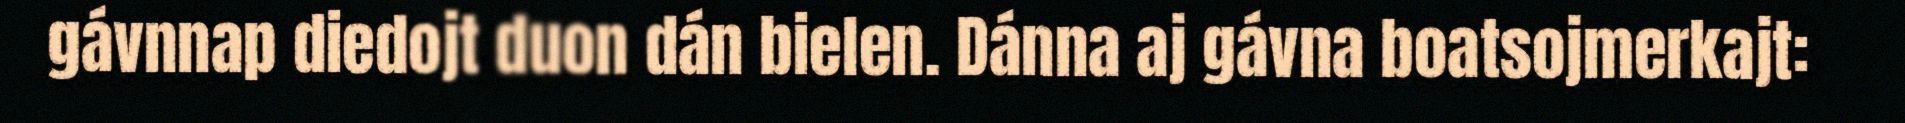
gávnnap diedojt duon dán bielen. Dánna aj gávna boatsojmerkajt: